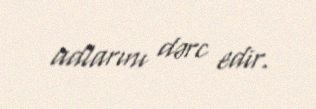
adlarını dərc edir.